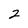
Character: 2